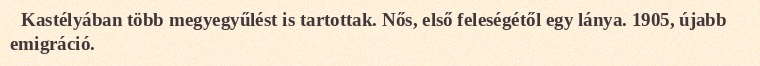
Kastélyában több megyegyűlést is tartottak. Nős, első feleségétől egy lánya. 1905, újabb emigráció.